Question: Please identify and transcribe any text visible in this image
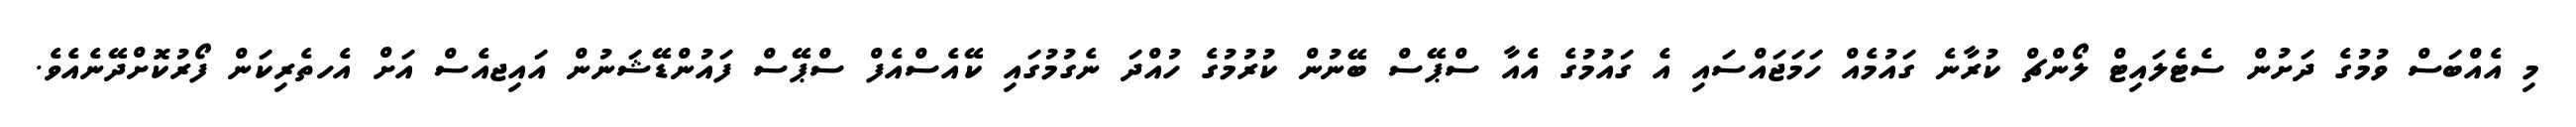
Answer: މި އެއްބަސް ވުމުގެ ދަށުން ސެޓެލައިޓް ލޯންޗް ކުރާނެ ގައުމެއް ހަމަޖައްސައި އެ ގައުމުގެ އެއާ ސްޕޭސް ބޭނުން ކުރުމުގެ ހުއްދަ ނެގުމުގައި ކޭއެސްއެފް ސްޕޭސް ފައުންޑޭޝަނުން އައިޖއެސް އަށް އެހތެރިކަން ފޯރުކޮށްދޭނެއެވެ.